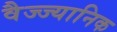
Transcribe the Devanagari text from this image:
वैज्ज्यानिक